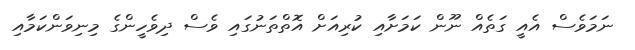
ނަމަވެސް އެއީ ގަތެއް ނޫން ކަމަށާއި ކުރިއަށް އޮތްތަނުގައި ވެސް ދިވެހީންގެ މިނިވަންކަމާއި